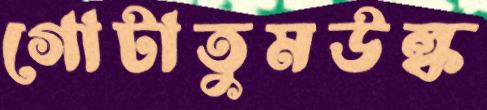
গোটাতুমউল্ক